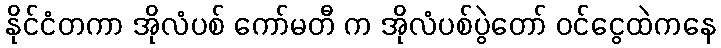
နိုင်ငံတကာ အိုလံပစ် ကော်မတီ က အိုလံပစ်ပွဲတော် ဝင်ငွေထဲကနေ